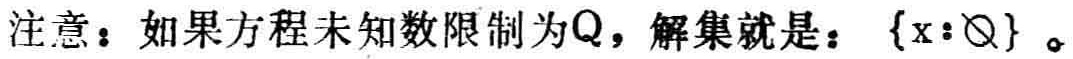
注意：如果方程未知数限制为\(Q\)，解集就是：\(\{x:\varnothing\}\)。